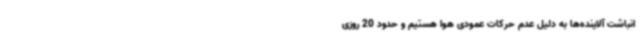
انباشت آلاینده‌ها به دلیل عدم حرکات عمودی هوا هستیم و حدود 20 روزی